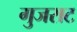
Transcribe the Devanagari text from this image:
गुजराट